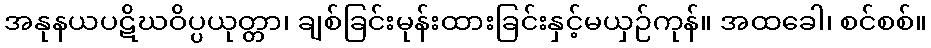
အနုနယပဋိဃဝိပ္ပယုတ္တာ၊ ချစ်ခြင်းမုန်းထားခြင်းနှင့်မယှဉ်ကုန်။ အထခေါ၊ စင်စစ်။